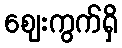
ဈေးကွက်ရှိ